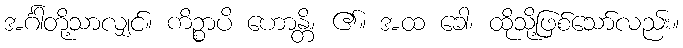
အင်္ဂါတို့သာလျှင်။ ကိဉ္စာပိ ဟောန္တိ၊ ၏။ အထ ခေါ၊ ထိုသို့ဖြစ်သော်လည်း။